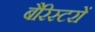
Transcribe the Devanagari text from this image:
बैरिस्टरों